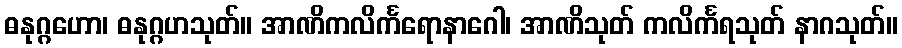
ဓနုဂ္ဂဟော၊ ဓနုဂ္ဂဟသုတ်။ အာဏိကလိင်္ကရောနာဂေါ၊ အာဏိသုတ် ကလိင်္ကရသုတ် နာဂသုတ်။